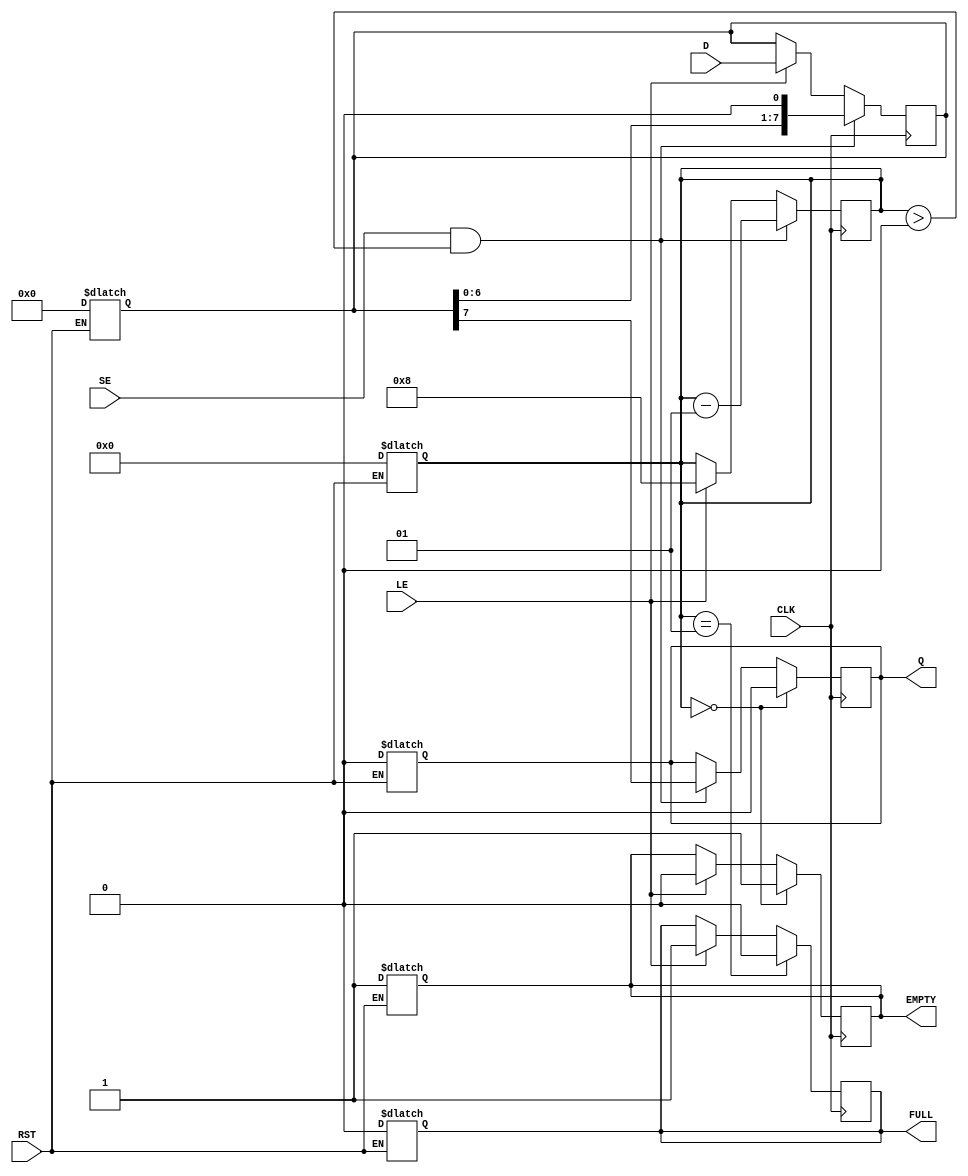
module PISO_Register #(
    parameter n = 8  // Configurable number of bits (default is 8)
)(
    input wire [n-1:0] D,    // Parallel Data Input
    input wire LE,            // Load Enable
    input wire SE,            // Shift Enable
    input wire CLK,           // Clock
    input wire RST,           // Reset
    output reg Q,             // Serial Output
    output reg FULL,          // Full flag
    output reg EMPTY          // Empty flag
);

    reg [n-1:0] data;    // Internal storage for the n-bit data
    integer count;       // Counter to track the number of bits shifted out

    // Asynchronous Reset
    always @(RST) begin
        if (RST) begin
            data <= {n{1'b0}}; // Clear the register
            Q <= 1'b0;         // Clear the serial output
            FULL <= 1'b0;      // Register is not full
            EMPTY <= 1'b1;     // Register is empty
            count <= 0;        // Reset bit counter
        end
    end

    // Clock edge operations
    always @(posedge CLK) begin
        // Load Data
        if (LE) begin
            data <= D;          // Load data from parallel input
            FULL <= 1'b1;       // Set FULL flag
            EMPTY <= 1'b0;      // Clear EMPTY flag
            count <= n;         // Set count to n
        end

        // Shift Data
        if (SE && count > 0) begin
            Q <= data[n-1];     // Shift out the MSB
            data <= {data[n-2:0], 1'b0}; // Shift data right and fill LSB with 0
            count <= count - 1; // Decrement the count
        end

        // Update EMPTY and FULL flags
        if (count == 1) begin
            FULL <= 1'b0;       // Register is no longer full
        end
        if (count == 0) begin
            EMPTY <= 1'b1;      // Register is empty
            Q <= 1'b0;          // Clear the output when empty
        end
    end

endmodule